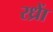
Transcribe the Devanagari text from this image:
रध्राें